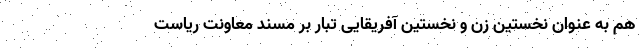
هم به عنوان نخستین زن و نخستین آفریقایی تبار بر مسند معاونت ریاست